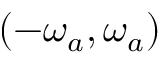
( - \omega _ { a } , \omega _ { a } )